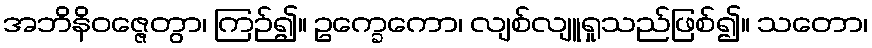
အဘိနိဝဇ္ဇေတွာ၊ ကြဉ်၍။ ဥက္ခေကော၊ လျစ်လျူရှုသည်ဖြစ်၍။ သတော၊